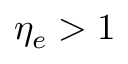
\eta _ { e } > 1